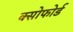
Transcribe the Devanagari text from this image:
क्सोफोर्ड